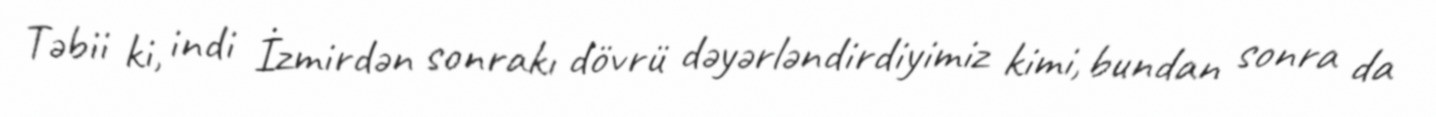
Təbii ki, indi İzmirdən sonrakı dövrü dəyərləndirdiyimiz kimi, bundan sonra da